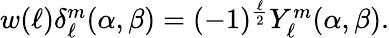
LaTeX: \begin{array}{r}{w(\ell)\delta_{\ell}^{m}(\alpha,\beta)=(-1)^{\frac{\ell}{2}}Y_{\ell}^{m}(\alpha,\beta).}\end{array}